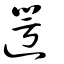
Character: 遻